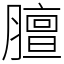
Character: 膻